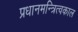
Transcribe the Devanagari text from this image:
प्रधानमन्त्रित्वकाल